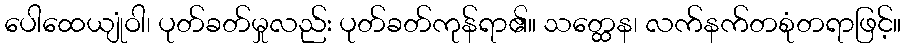
ပေါထေယျုံဝါ၊ ပုတ်ခတ်မှုလည်း ပုတ်ခတ်ကုန်ရာ၏။ သတ္ထေန၊ လက်နက်တစုံတရာဖြင့်။